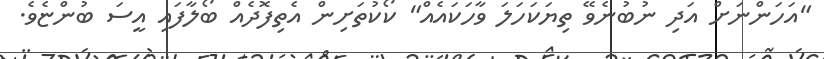
"އަހަންނަށް އަދި ނުބުނެވޭ ތިޔަކަހަލަ ވާހަކައެއް" ކޯކުތަށިން އެތިފޮދެއް ބޯލާފައި އީސަ ބުންޏެވެ.